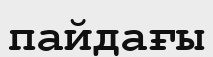
пайдағы